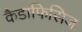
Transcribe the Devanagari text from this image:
कैडाफिसिज